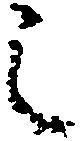
之